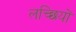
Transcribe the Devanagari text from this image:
लच्छियों